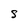
Character: S